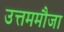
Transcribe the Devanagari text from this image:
उत्तममौजा